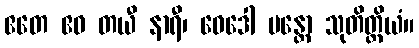
ဧတေ ဧဝ တယီ နာရီ၊ ဝေဒေါ မန္တော သုတိတ္ထိယံ။